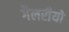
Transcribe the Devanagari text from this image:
गैलरीयों